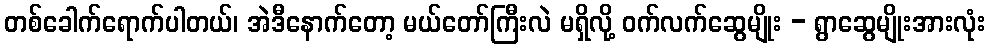
တစ်ခေါက်ရောက်ပါတယ်၊ အဲဒီနောက်တော့ မယ်တော်ကြီးလဲ မရှိလို့ ဝက်လက်ဆွေမျိုး - ရွာဆွေမျိုးအားလုံး